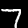
Label: 7